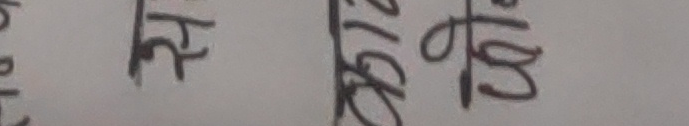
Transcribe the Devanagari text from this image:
युरिक्ततु